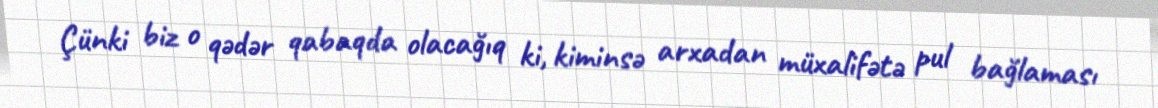
Çünki biz o qədər qabaqda olacağıq ki, kiminsə arxadan müxalifətə pul bağlaması